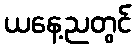
ယနေ့ညတွင်